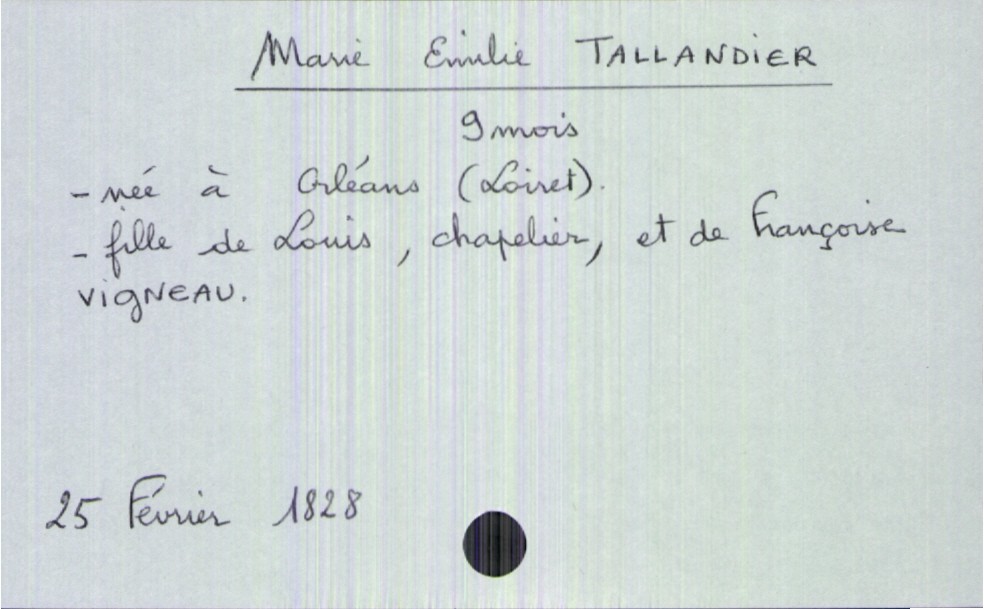
type_acte: Décès
défunt_nom: 9 mois
défunt_âge: Orléans (Loiret)
père_défunt_profession: Vigneau
mère_défunt_profession: 1828
mère_défunt_statut: 25